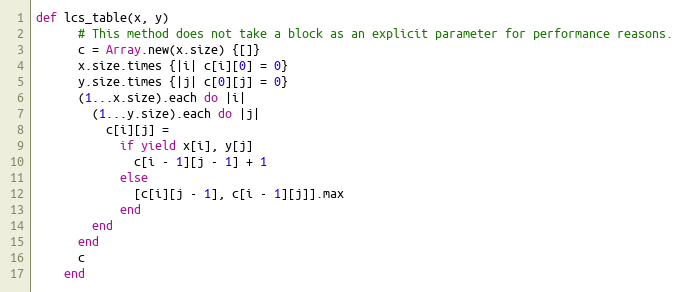
Language: Ruby
def lcs_table(x, y)
      # This method does not take a block as an explicit parameter for performance reasons.
      c = Array.new(x.size) {[]}
      x.size.times {|i| c[i][0] = 0}
      y.size.times {|j| c[0][j] = 0}
      (1...x.size).each do |i|
        (1...y.size).each do |j|
          c[i][j] =
            if yield x[i], y[j]
              c[i - 1][j - 1] + 1
            else
              [c[i][j - 1], c[i - 1][j]].max
            end
        end
      end
      c
    end